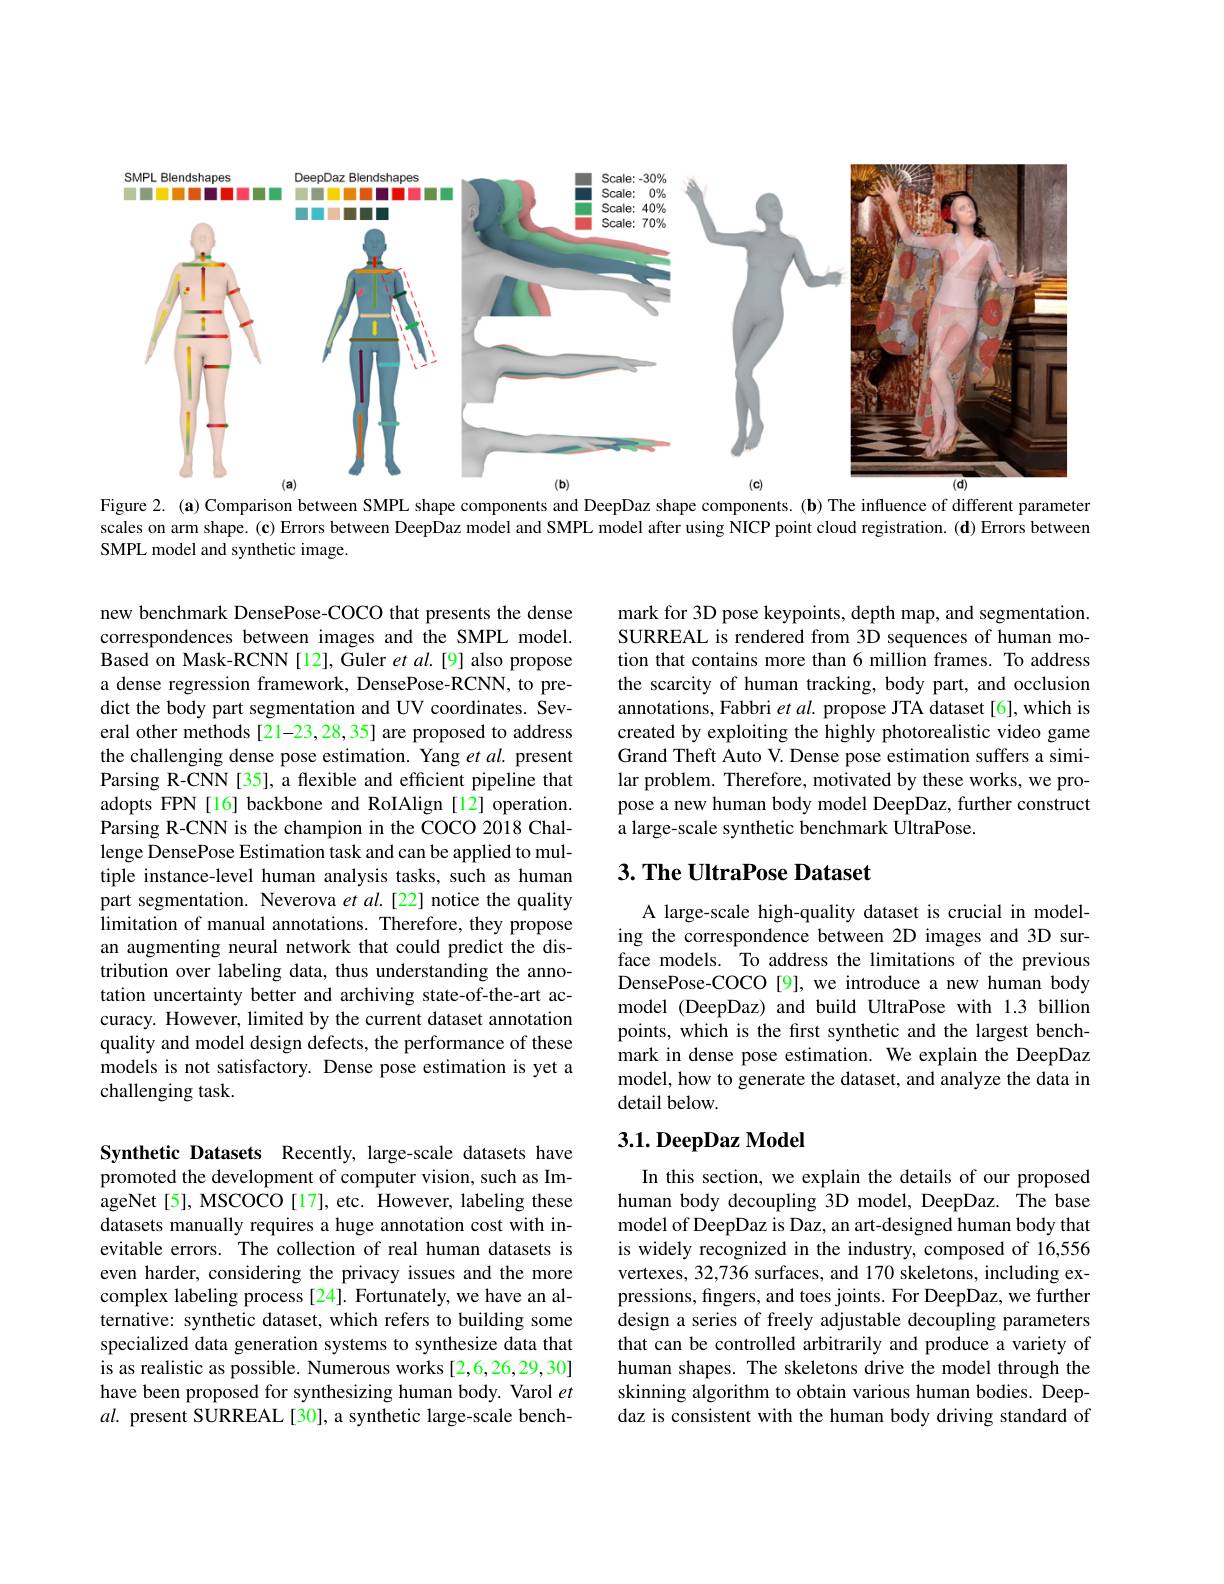
<FigureHere>

Figure 2. (a) Comparison between SMPL shape components and DeepDaz shape components. (b) The influence of different parameter scales on arm shape. (c) Errors between DeepDaz model and SMPL model after using NICP point cloud registration. (d) Errors between SMPL model and synthetic image.

mark for 3D pose keypoints, depth map, and segmentation. SURREAL is rendered from 3D sequences of human motion that contains more than 6 million frames. To address the scarcity of human tracking, body part, and occlusion annotations, Fabbri et $al.$ propose JTA dataset[6], which is created by exploiting the highly photorealistic video game Grand Theft Auto V. Dense pose estimation suffers a similar problem. Therefore, motivated by these works, we propose a new human body model DeepDaz, further construct a large-scale synthetic benchmark UltraPose.

new benchmark DensePose-COCO that presents the dense correspondences between images and the SMPL model. Based on Mask-RCNN [12], Guler et al.[9] also propose a dense regression framework, DensePose-RCNN, to predict the body part segmentation and UV coordinates. Several other methods[21-23,28,35] are proposed to address the challenging dense pose estimation. Yang et al. present Parsing R-CNN[35], a flexible and efficient pipeline that adopts FPN [16] backbone and RoIAlign [12] operation. Parsing R-CNN is the champion in the COCO 2018 Challenge DensePose Estimation task and can be applied to multiple instance-level human analysis tasks, such as human part segmentation. Neverova et $al.[22]$ notice the quality limitation of manual annotations. Therefore, they propose an augmenting neural network that could predict the distribution over labeling data, thus understanding the annotation uncertainty better and archiving state-of-the-art accuracy. However, limited by the current dataset annotation quality and model design defects, the performance of these models is not satisfactory. Dense pose estimation is yet a challenging task.

## $3. \textbf{ The UltraPose Dataset}$

A large-scale high-quality dataset is crucial in modeling the correspondence between 2D images and 3D surface models. To address the limitations of the previous DensePose-COCO[9], we introduce a new human body model (DeepDaz) and build UltraPose with 1.3 billion points, which is the first synthetic and the largest benchmark in dense pose estimation. We explain the DeepDaz model, how to generate the dataset, and analyze the data in detail below.

### $3. 1. \textbf{DeepDaz Model}$

Synthetic Datasets Recently, large-scale datasets have promoted the development of computer vision, such as ImageNet[5], MSCOCO[17], etc. However, labeling these datasets manually requires a huge annotation cost with inevitable errors. The collection of real human datasets is even harder, considering the privacy issues and the more complex labeling process [24]. Fortunately, we have an alternative: synthetic dataset, which refers to building some specialized data generation systems to synthesize data that is as realistic as possible. Numerous works [2,6,26,29,30] have been proposed for synthesizing human body. Varol $et$ $al.$ present SURREAL[30], a synthetic large-scale bench-

In this section, we explain the details of our proposed human body decoupling 3D model, DeepDaz. The base model of DeepDaz is Daz, an art-designed human body that is widely recognized in the industry, composed of 16,556 vertexes, 32,736 surfaces, and 170 skeletons, including expressions, fingers, and toes joints. For DeepDaz, we further design a series of freely adjustable decoupling parameters that can be controlled arbitrarily and produce a variety of human shapes. The skeletons drive the model through the skinning algorithm to obtain various human bodies. Deepdaz is consistent with the human body driving standard of